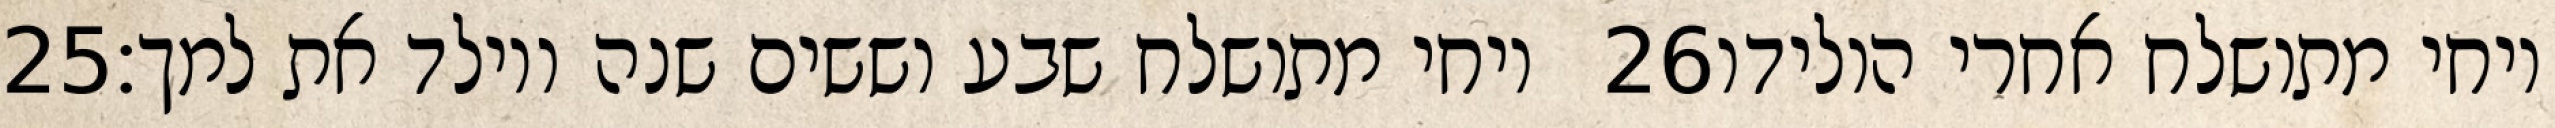
‎25‏ ויחי מתושלח שבע וששים שנה ויולד את למך׃ ‎26‏ ויחי מתושלח אחרי הולידו